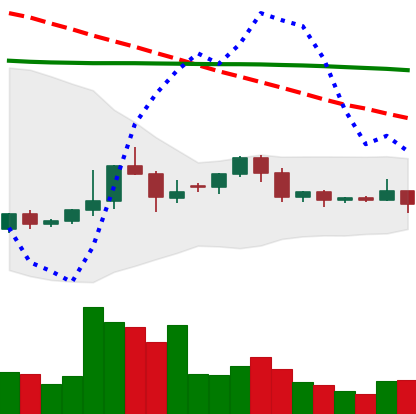
Ticker: ETC-USD
Chart end date: 2022-06-07
Forward return: -22.721%
Label: down_7plus